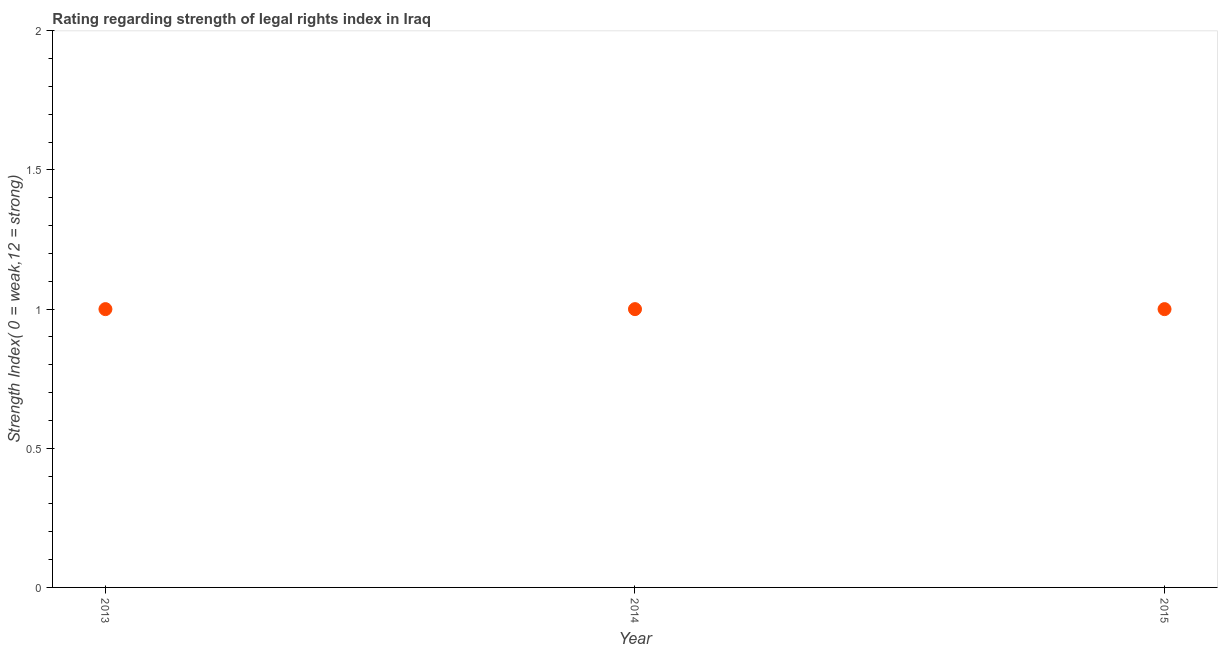
| Year | Strength of legal rights index |
 | --- | --- |
 | 2013 | 1 |
 | 2014 | 1 |
 | 2015 | 1 |